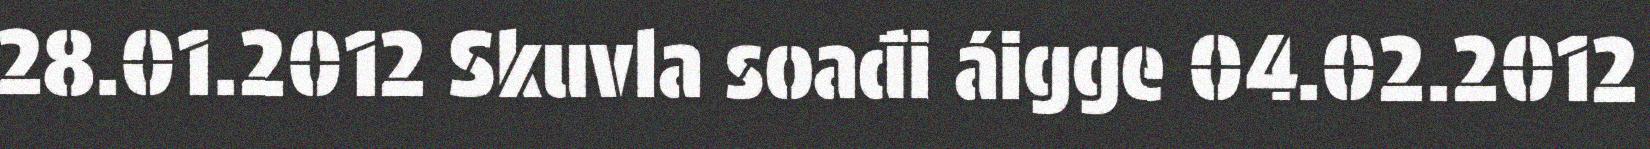
28.01.2012 Skuvla soađi áigge 04.02.2012